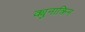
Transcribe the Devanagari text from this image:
क्युनाक्रिन